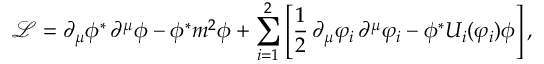
\mathcal { L } = \partial _ { \mu } \phi ^ { * } \, \partial ^ { \mu } \phi - \phi ^ { * } m ^ { 2 } \phi + \sum _ { i = 1 } ^ { 2 } \left[ \frac { 1 } { 2 } \, \partial _ { \mu } \varphi _ { i } \, \partial ^ { \mu } \varphi _ { i } - \phi ^ { * } U _ { i } ( \varphi _ { i } ) \phi \right] ,